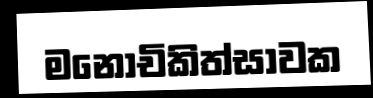
මනෝචිකිත්සාවක